NAE_EAA_T-354_Tartu_Tamme_Gumnaasium, lk 10
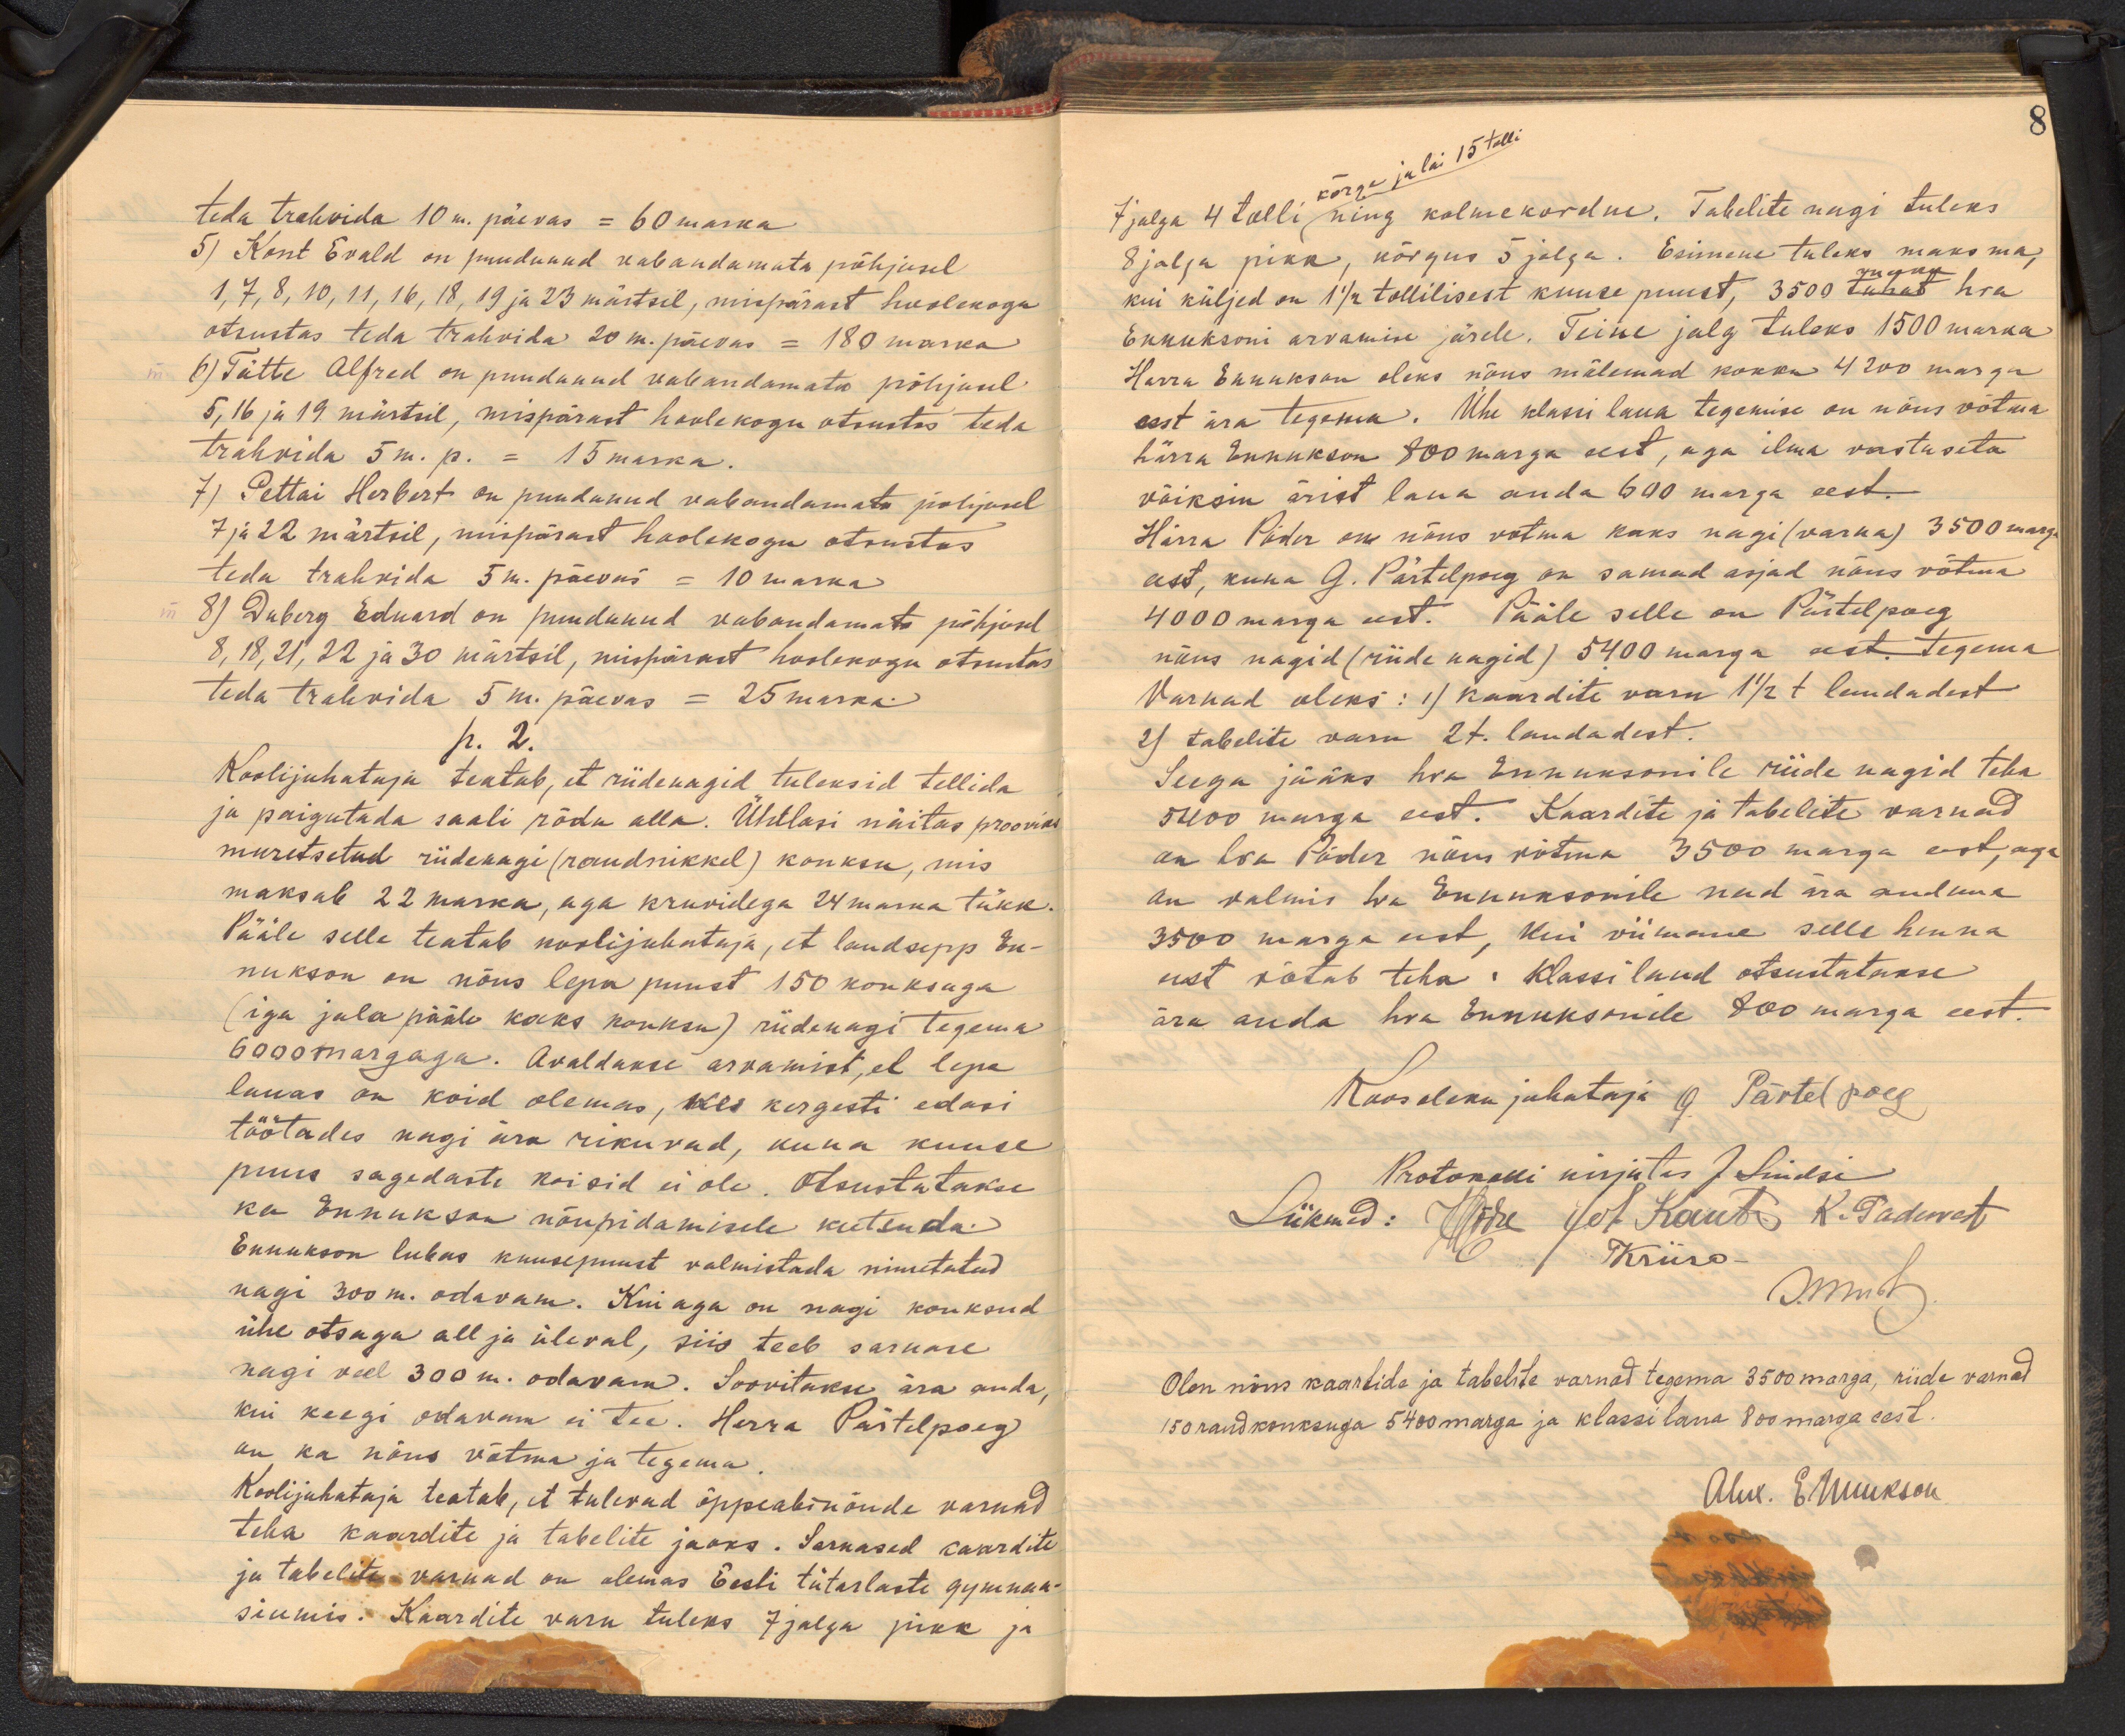
teda trahvida 10 m. päevas = 60 marka
5) Kont Evald on puudunud wabandamata põhjusel
1, 7, 8, 10, 11, 16, 18, 19 ja 23 märtsil, mispärast hoolekogu
otsustas teda trahvida 20 m. päevas = 180 marka
6) Tätte Alfred on puudunud wallandamata põhjusel
5, 16 ja 19 märtsil, mispärast hoolekogu otsustas teda
trähvida 5 m. p. = 15 marka.
7) Pettai Herbert on puudunud vabandamata põhjusel
7 ja 22 märtsil, mispärast hoolekogu otsustas
teda trahvida 5m. päevas = 10 marka
8) Duberg Eduard on puudunud vabandamata põhjusel
8, 18, 21, 22 ja 30 märtsil, mispärast hoolekogu otsustas
teda trahvida 5 m. päevas = 25 marka.
p. 2.
Koolijuhataja teatab, et riidewagid tuleksid tellida
ja paigutada saali rõdu alla. Ühtlasi näitas prooviks
muretsetud riidenagi (raudnikkel) konksu, mis
maksab 22 marka, aga kruvidega 24 marka tükk.
Pääle selle teatab koolijuhataja, et laudsepp En-
nukson on nõus lepa puust 150 konksuga
(iga jala pääle kaks konksu) riidenagi tegema.
6000 margaga. Avaldakse arvamist,et lepa
lauas on koid olemas, kes kergesti edasi
töötades nagi ära rikuvad, kuna kuuse
puus sagedaste koisid ei ole. Otsustatakse
ka Ennukson nõupidamisele kutsuda.
Ennukson lubas kuusepuust valmistada nimetatud
nagi 300 m. odavam. Kui aga on nagi konksud
ühe otsaga all ja üleval, siis teeb sarnase
nagi veel 300 m. odavam. Soovitakse ära anda,
kui keegi odavam ei tee. Herra Pärtelpoeg
on ka nõus võtma ja tegema
Koolijuhataja teatab, et tulevad õppeabinõude varnad
teha kaardite ja tabelite jaoks. Sarnased kaardite
ja tabelite varnad on olemas Eesti tütarlaste gymna-
siumis. Kaardite varu tuleks 7 jalga pikk ja

kõrge ja lai 15 tolli.
7 jalga 4 tolli ning kolmekordne. Tabelite nagi tuleks
8 jalga pikk, kõrgus 5 jalga. Esimene tuleks maksma,
kui küljed on 1 1/2 tollilisest kuuse puust, 3500 marka hra
Ennuksoni arvamise järele. Teine jalg tuleks 1500 marka
Härra Eannukson oleks nõus mõlemad kokku 4200 marga
eest ära tegema. Ühe klassi laua tegemise on nõus võtma
härra Ennukson 800 marga eest, aga ilma vastuseta
võiksin ärist laua anda 600 marga eest.
Härra Põder on nõus votma kaks nagi (varna) 3500 marga
eest, kuna G. Pärtelpoeg on samad asjad nõus võtma
4000 marga eest. Pääle selle on Pärtelpoeg
nõus nagid (riidenagid) 5400 marga eest. tegema
Varnad oleks: 1) kaardite varn 1 1/2 t laudadest
2) tabelite varn 2 t. laudadest.
Seega jääks hra Ennuksonile riide nagid teha
5400 marga eest. Kaardite ja tabelite varnad
on hra Põder nõus võtma 3500 marga eest, aga
on valmis hra Ennuksonile need ära andma
3500 marga eest, kui viimane selle hinna
eest võtab teha. Klassi laud otsustatakse
ära anda hra Ennuksonile 800 marga eest.
Koosoleku juhataja Pärtelpoeg
Protokolli kirjutas J. Lindsi
Liikmed: Odre Je t. Kauti K. Padevest
Kriisa
Smuh
Olen nõus kaartide ja tabelite varnad tegema 3500 marga, riide varnad
150 raudkonksuga 5400 marga ja klassilaua 800 marga eest.
Ahk. E. Muukson